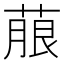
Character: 𮐐